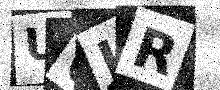
Text: U6JR